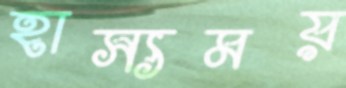
হাস্যময়